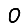
Digit: 0